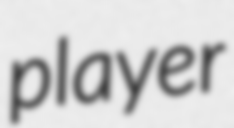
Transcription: player